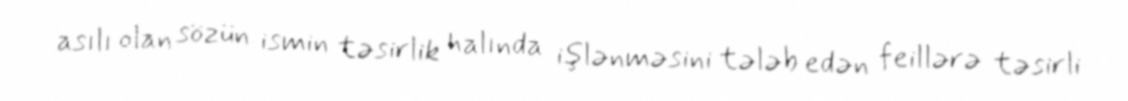
asılı olan sözün ismin təsirlik halında işlənməsini tələb edən feillərə təsirli